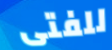
للفتى